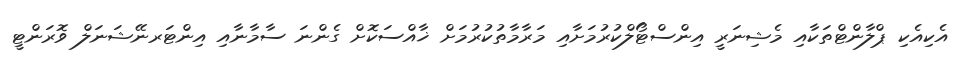
އެކިއެކި ޕްލާންޓްތަކާއި މެޝިނަރީ އިންސްޓޯލްކުރުމަށާއި މަރާމާތުކުރުމަށް ޚާއްސަކޮށް ގެންނަ ސާމާނާއި އިންޓަރނޭޝަނަލް ވޮރަންޓީ